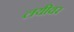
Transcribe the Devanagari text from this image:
लयीवर